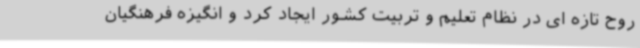
روح تازه ای در نظام تعلیم و تربیت کشور ایجاد کرد و انگیزه فرهنگیان